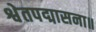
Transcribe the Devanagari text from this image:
श्वेतपद्मासना॥